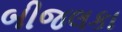
બીજલકા